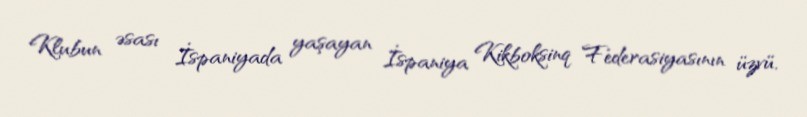
Klubun əsası İspaniyada yaşayan İspaniya Kikboksinq Federasiyasının üzvü,